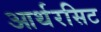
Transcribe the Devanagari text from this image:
आर्थरसिट